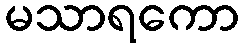
မသာရကော